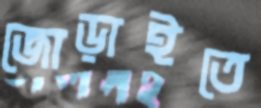
জোড়াইতে